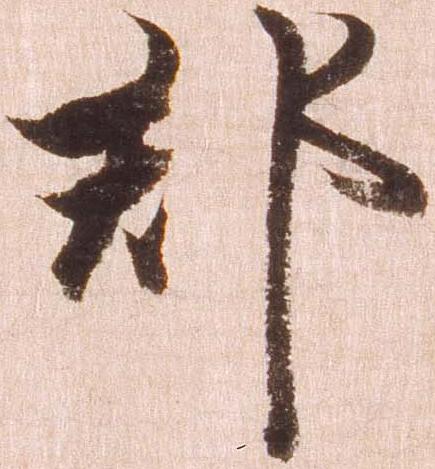
郡